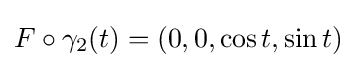
F\circ \gamma _{2}(t)=(0,0,\cos t,\sin t)